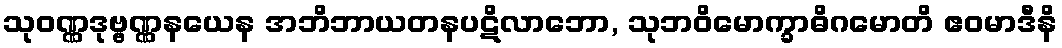
သုဝဏ္ဏဒုဗ္ဗဏ္ဏနယေန အဘိဘာယတနပဋိလာဘော, သုဘဝိမောက္ခာဓိဂမောတိ ဧဝမာဒီနိ